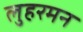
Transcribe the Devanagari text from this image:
लुहरमन